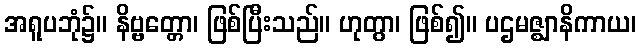
အရူပဘုံ၌။ နိဗ္ဗတ္တော၊ ဖြစ်ပြီးသည်။ ဟုတွာ၊ ဖြစ်၍။ ပဌမဇ္ဈာနိကာယ၊